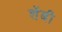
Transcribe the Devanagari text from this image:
शेंबी